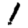
Digit: 1